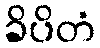
ခိပိတံ